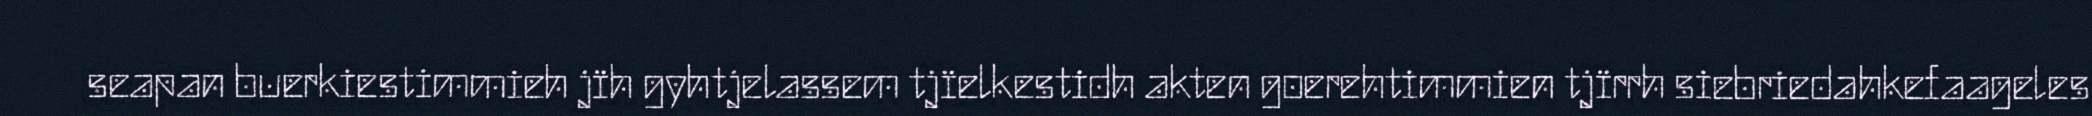
seapan buerkiestimmieh jïh gyhtjelassem tjïelkestidh akten goerehtimmien tjïrrh siebriedahkefaageles